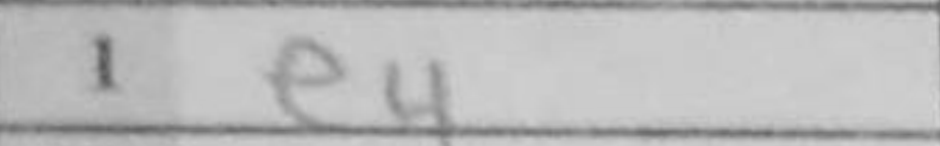
Transcription: e4